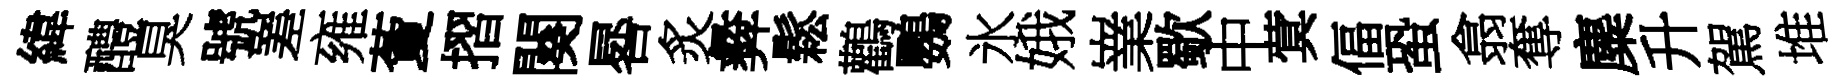
緯醴臭號嵳雍藑摺闋晷炙彜鬆鸛鸚氷娥嶪歜中蓂偪蛩翕奪麋升駕堆